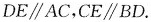
DE \parallel AC，CE \parallel BD.